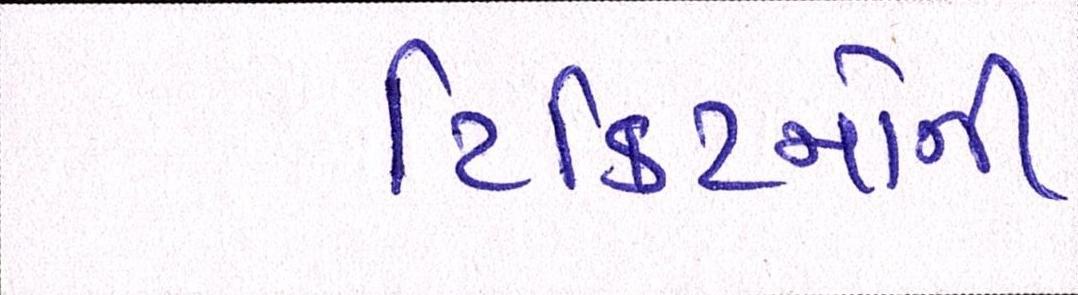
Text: ટિકિટનોની